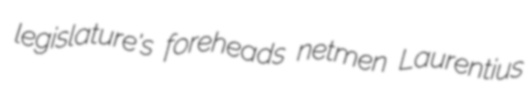
legislature's foreheads netmen Laurentius